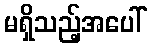
မရှိသည့်အပေါ်